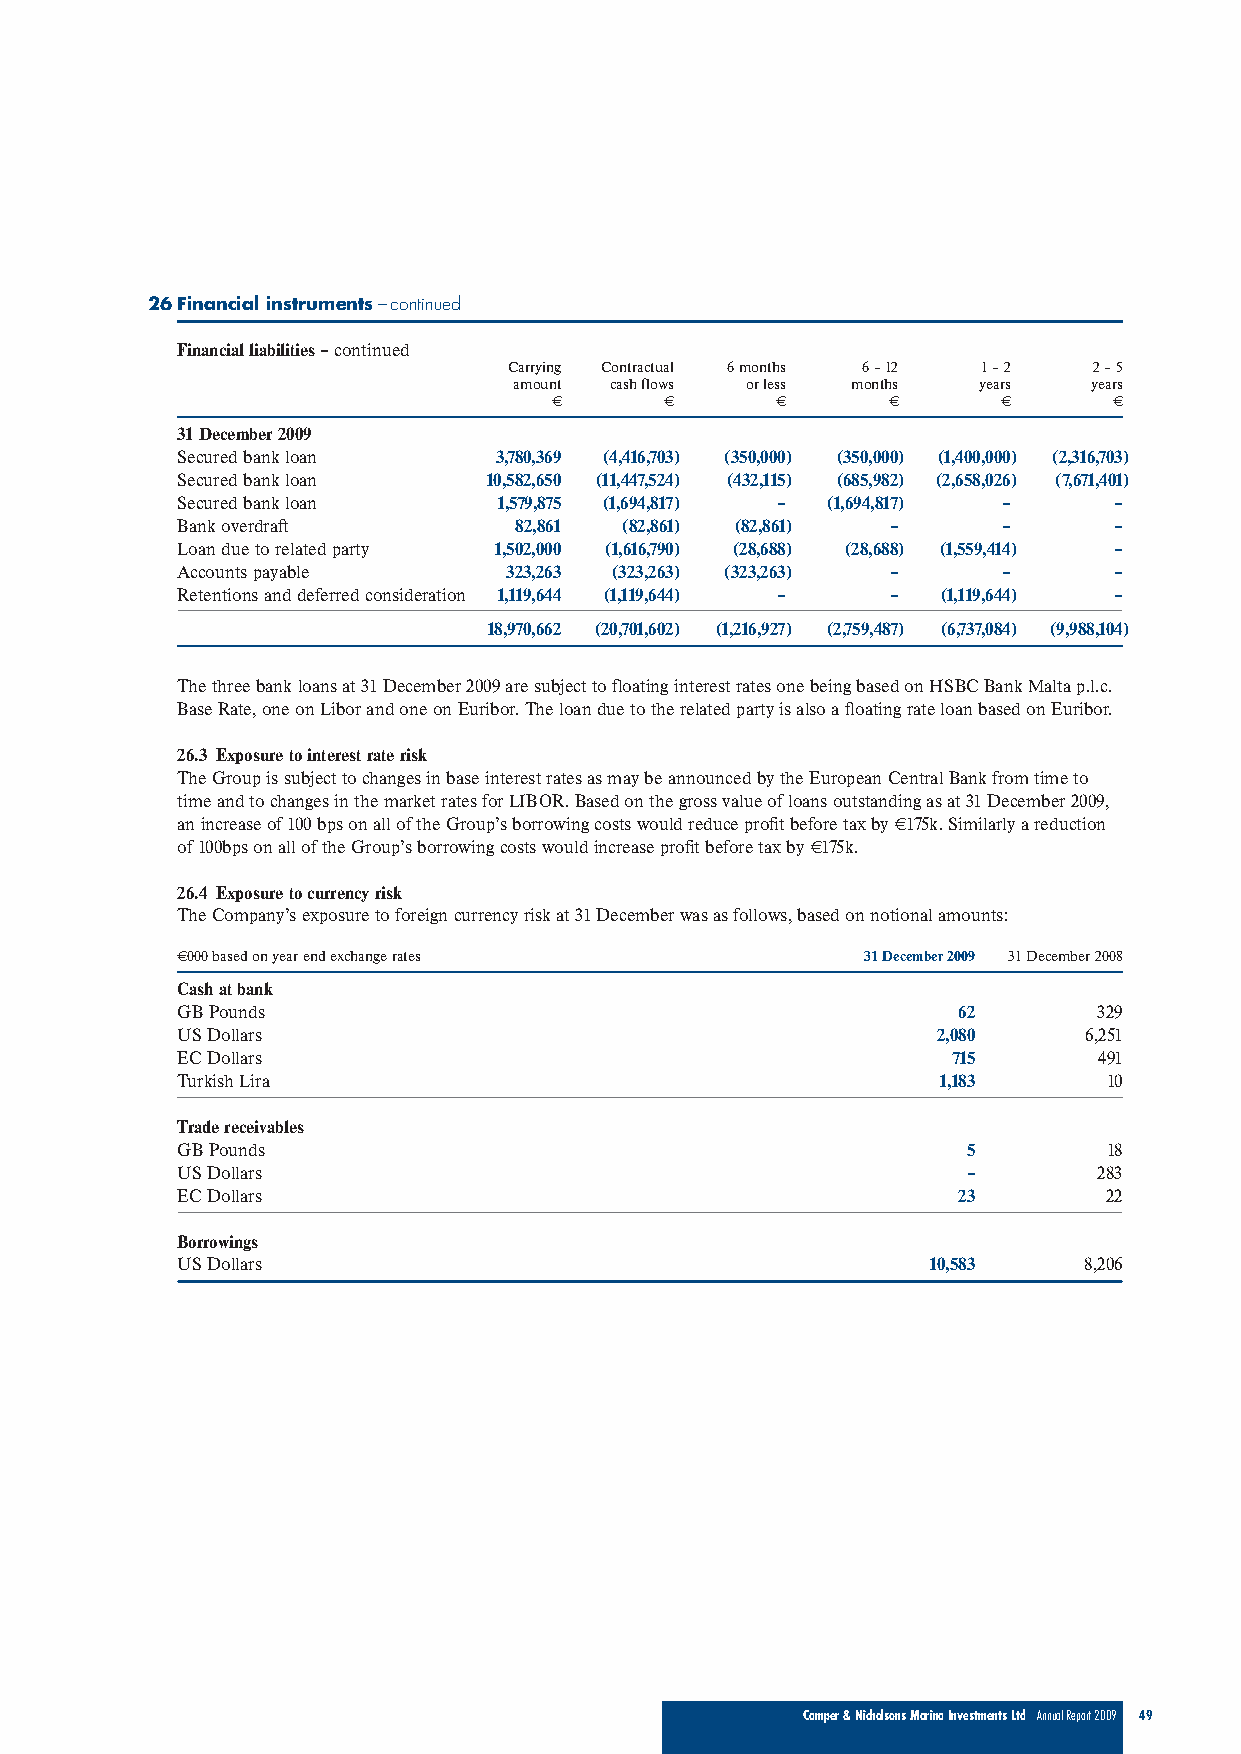
26Financial instruments–continued
 Financial liabilities–continued
 Carrying Contractual 6 months 6 – 12 1 – 2 2 – 5
 amount cash flows or less months years years
 €       €      €       €      €       €
 31 December 2009
 Secured bank loan    3,780,369 (4,416,703) (350,000) (350,000) (1,400,000) (2,316,703)
 Secured bank loan   10,582,650 (11,447,524) (432,115) (685,982) (2,658,026) (7,671,401)
 Secured bank loan    1,579,875 (1,694,817) – (1,694,817) –    –
 Bank overdraft        82,861 (82,861) (82,861) –      –       –
 Loan due to related party 1,502,000 (1,616,790) (28,688) (28,688) (1,559,414) –
 Accounts payable     323,263 (323,263) (323,263) –    –       –
 Retentions and deferred consideration 1,119,644 (1,119,644) – – (1,119,644) –
 18,970,662 (20,701,602) (1,216,927) (2,759,487) (6,737,084) (9,988,104)
 The three bank loans at 31 December 2009 are subject to floating interest rates one being based on HSBC Bank Malta p.l.c.
 Base Rate, one on Libor and one on Euribor. The loan due to the related party is also a floating rate loan based on Euribor.
 26.3 Exposure to interest rate risk
 The Group is subject to changes in base interest rates as may be announced by the European Central Bank from time to
 time and to changes in the market rates for LIBOR. Based on the gross value of loans outstanding as at 31 December 2009,
 an increase of 100 bps on all of the Group’s borrowing costs would reduce profit before tax by €175k. Similarly a reduction
 of 100bps on all of the Group’s borrowing costs would increase profit before tax by €175k.
 26.4 Exposure to currency risk
 The Company’s exposure to foreign currency risk at 31 December was as follows, based on notional amounts:
 €000 based on year end exchange rates        31 December 2009 31 December 2008
 Cash at bank
 GB Pounds                                          62        329
 US Dollars                                        2,080     6,251
 EC Dollars                                         715       491
 Turkish Lira                                      1,183      10
 Trade receivables
 GB Pounds                                           5        18
 US Dollars                                          –        283
 EC Dollars                                         23        22
 Borrowings
 US Dollars                                       10,583     8,206
 Camper & Nicholsons Marina Investments Ltd Annual Report 2009 49